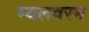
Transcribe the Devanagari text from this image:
म्यलवरम